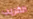
القريب